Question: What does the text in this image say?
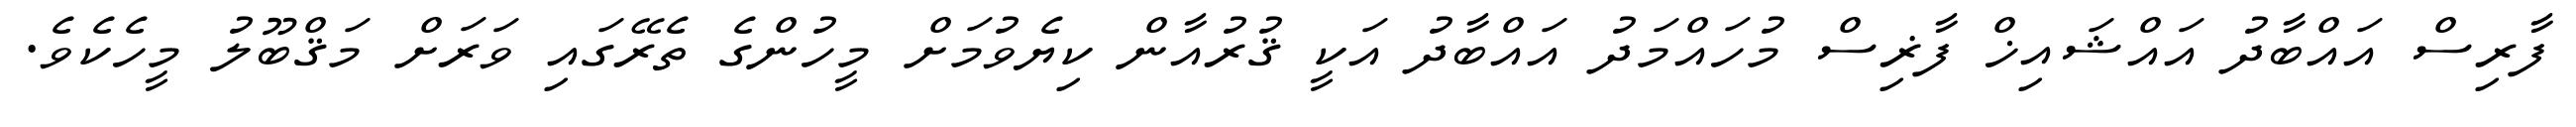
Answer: ފާރިސް އައްބާދު އައްޝައިޚް ފާޜިސް މުހައްމަދު އައްބާދު އަކީ ޤުރުއާން ކިޔެވުމަށް މީހުންގެ ތެރޭގައި ވަރަށް މަޤްބޫލު މީހެކެވެ.